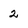
Character: 2